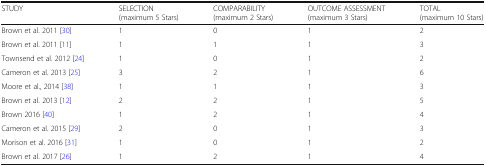
| STUDY | SELECTION (maximum 5 Stars) | COMPARABILITY (maximum 2 Stars) | OUTCOME ASSESSMENT (maximum 3 Stars) | TOTAL (maximum 10 Stars) |
 | --- | --- | --- | --- | --- |
 | Brown et al. 2011 [30] | 1 | 0 | 1 | 2 |
 | Brown et al. 2011 [11] | 1 | 1 | 1 | 3 |
 | Townsend et al. 2012 [24] | 1 | 0 | 1 | 2 |
 | Cameron et al. 2013 [25] | 3 | 2 | 1 | 6 |
 | Moore et al., 2014 [38] | 1 | 1 | 1 | 3 |
 | Brown et al. 2013 [12] | 2 | 2 | 1 | 5 |
 | Brown 2016 [40] | 1 | 2 | 1 | 4 |
 | Cameron et al. 2015 [29] | 2 | 0 | 1 | 3 |
 | Morison et al. 2016 [31] | 1 | 0 | 1 | 2 |
 | Brown et al. 2017 [26] | 1 | 2 | 1 | 4 |